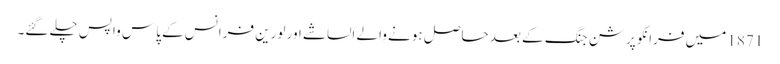
1871 میں فرانکو پرشن جنگ کے بعد حاصل ہونے والے الساشے اور لورین فرانس کے پاس واپس چلے گئے۔